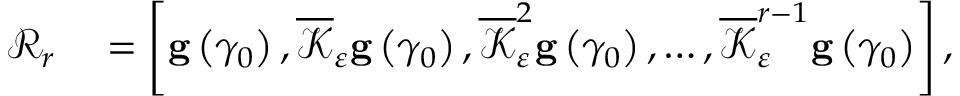
\begin{array} { r l } { \mathcal { R } _ { r } } & { { } = \left[ \mathbf { g } \left( \gamma _ { 0 } \right) , \overline { { \mathcal { K } } } _ { \varepsilon } \mathbf { g } \left( \gamma _ { 0 } \right) , \overline { { \mathcal { K } } } _ { \varepsilon } ^ { 2 } \mathbf { g } \left( \gamma _ { 0 } \right) , \ldots , \overline { { \mathcal { K } } } _ { \varepsilon } ^ { r - 1 } \mathbf { g } \left( \gamma _ { 0 } \right) \right] , } \end{array}